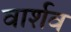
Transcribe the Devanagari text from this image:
वार्शव